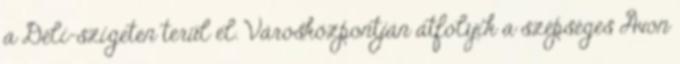
a Déli-szigeten terül el. Városközpontján átfolyik a szépséges Avon